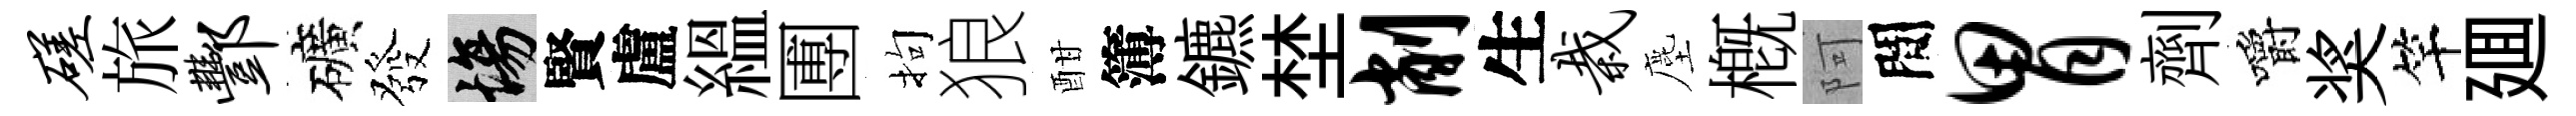
磋旅酆礦發場賢盧緼圑拘狼酣簿鑣埜削生栽塵槪阿間胃劑嚼奖竿廽